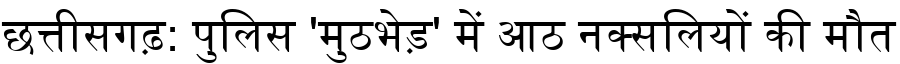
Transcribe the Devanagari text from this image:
छत्तीसगढ़: पुलिस 'मुठभेड़' में आठ नक्सलियों की मौत